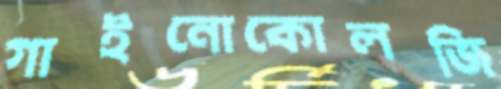
গাইনোকোলজি